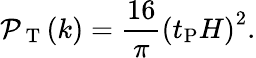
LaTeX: {\cal P}_{\mathrm{~T~}}(k)=\frac{16}{\pi}\left(t_{\mathrm{P}}H\right)^{2}.